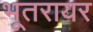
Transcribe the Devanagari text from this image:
भूतरायर